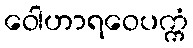
ဝေါဟာရဝေပက္ကံ